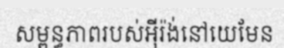
សម្ពន្ធភាពរបស់អ៊ីរ៉ង់នៅយេមែន